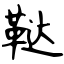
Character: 鞑